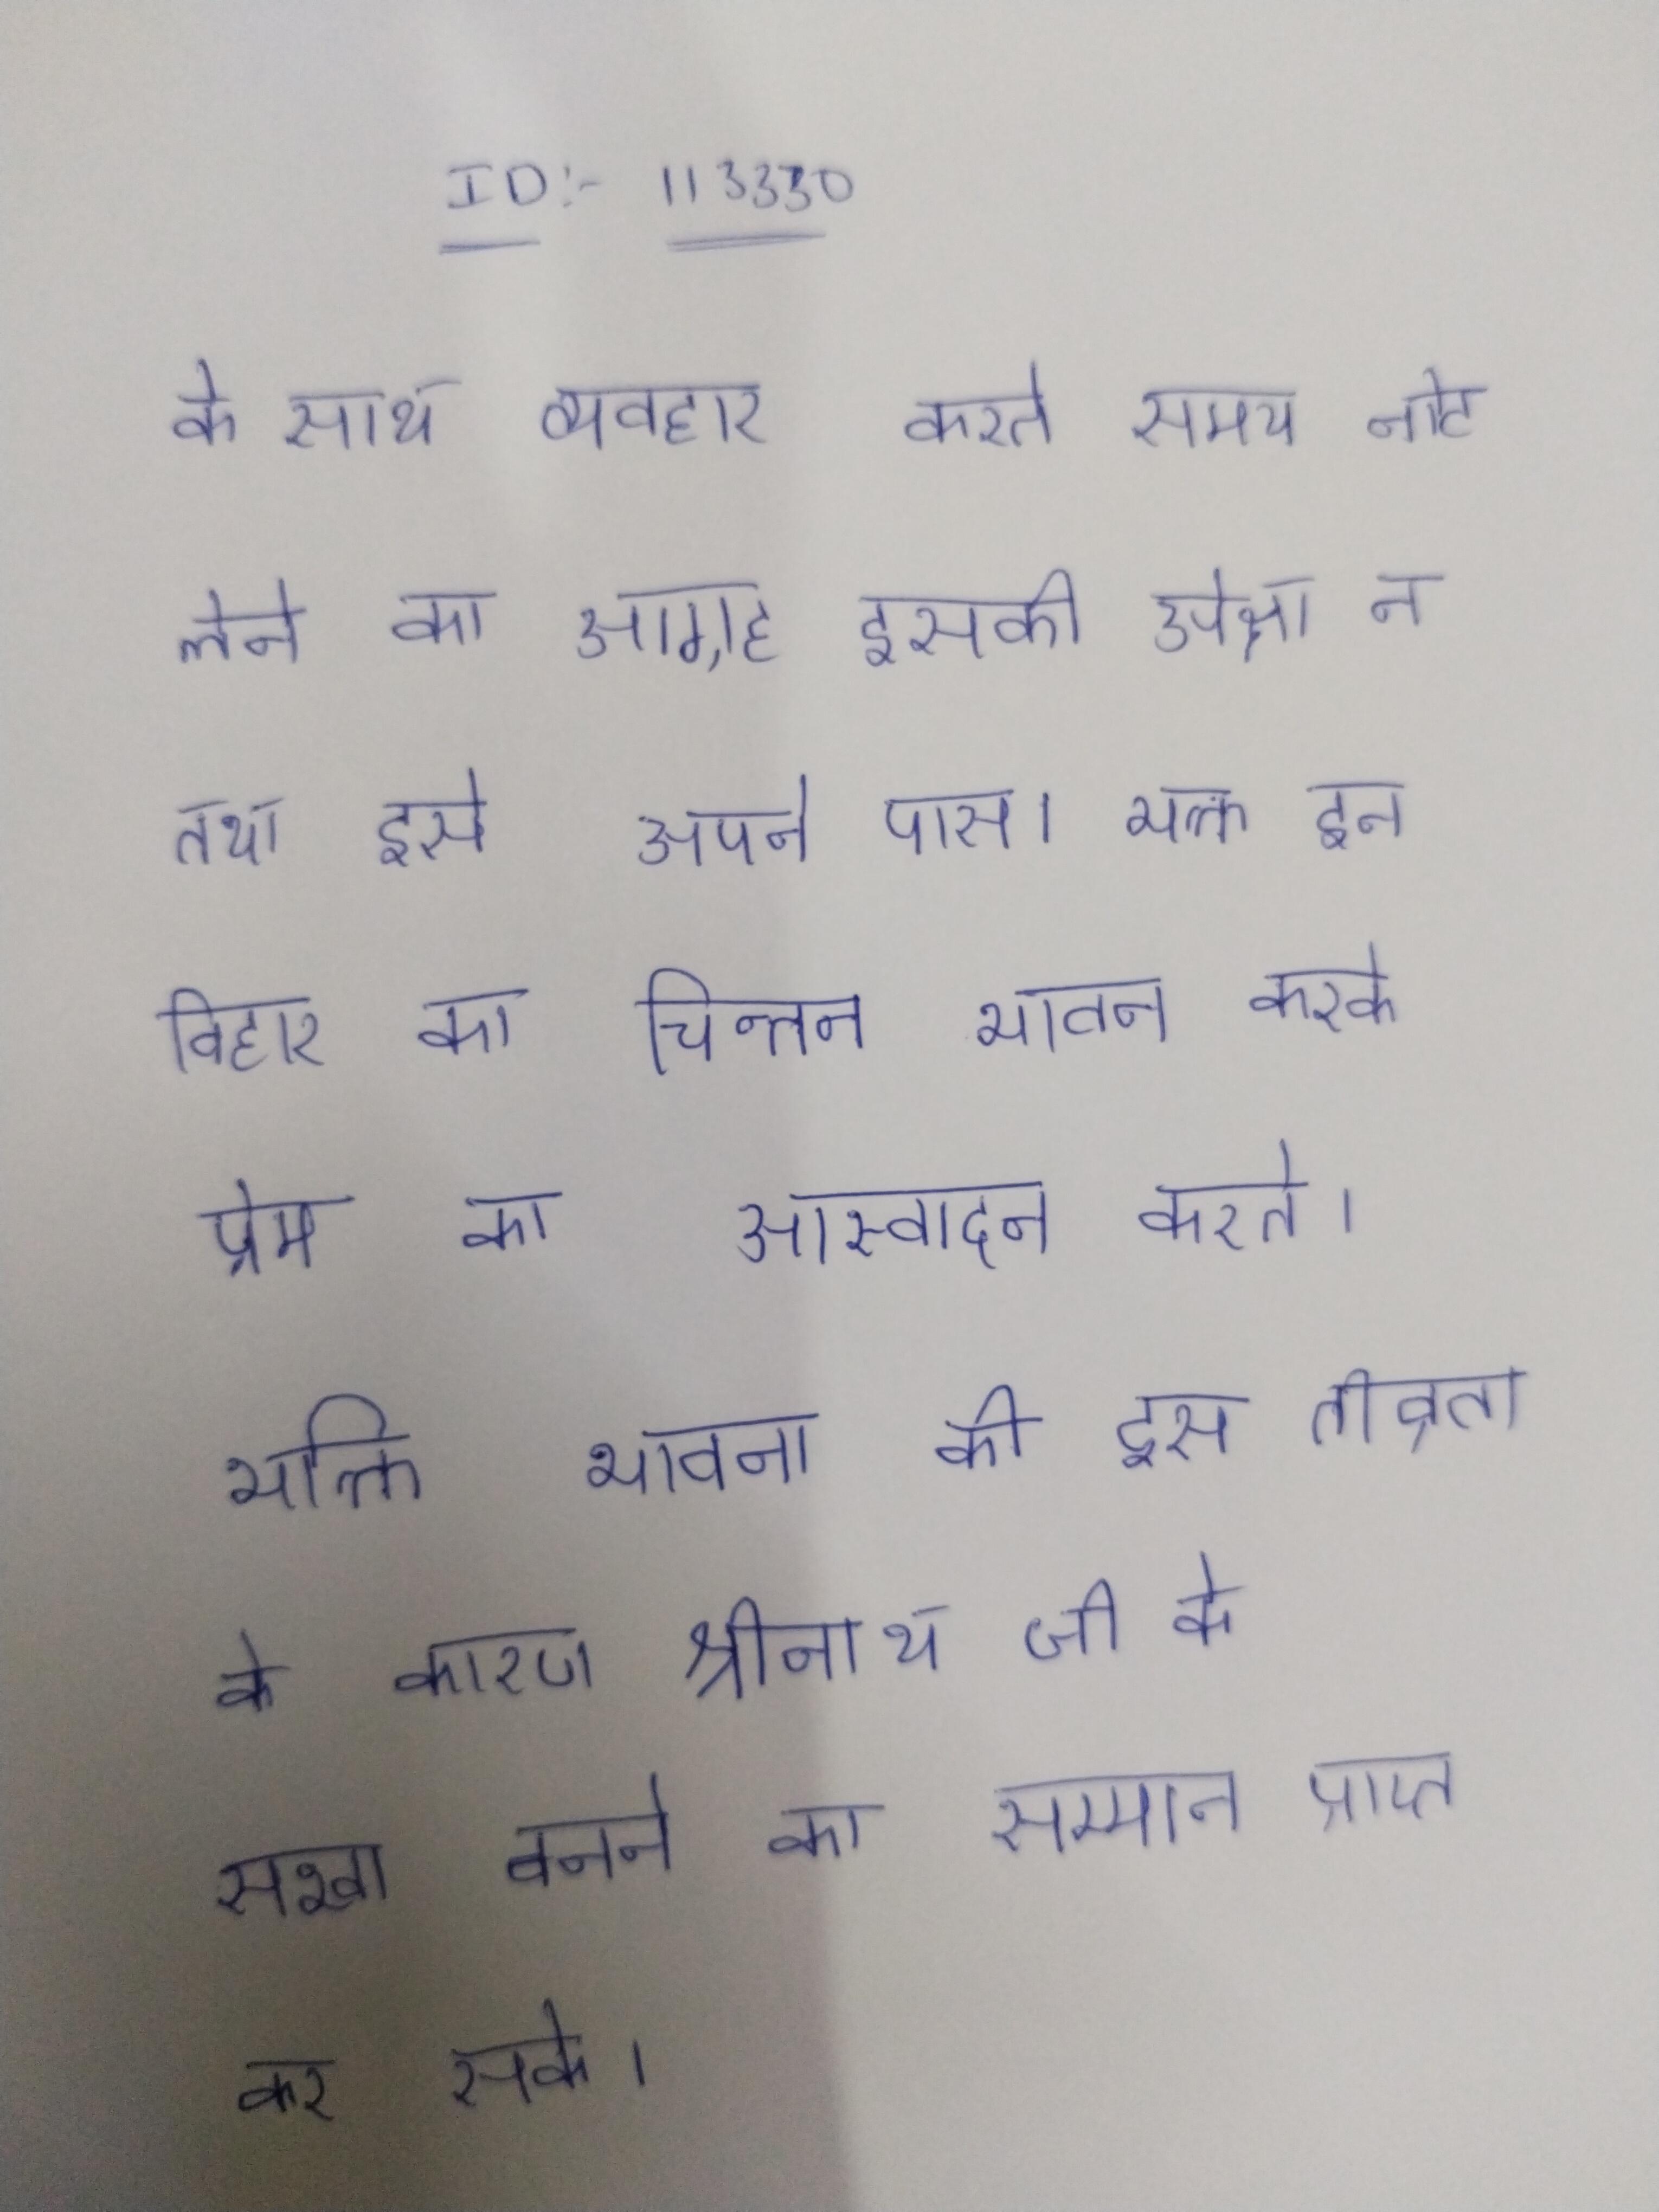
के साथ व्यवहार करते समय नोट लेने का आग्रह इसकी उपेक्षा न तथा इसे अपने पास । भक्त इन विहार का चिन्तन भावन करके प्रेम का आस्वादन करते । भक्ति भावना की इस तीव्रता के कारण श्रीनाथ जी के सखा बनने का सम्मान प्राप्त कर सके ।